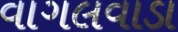
વાગલવાડા